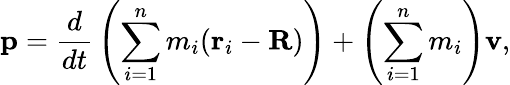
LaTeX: \mathbf{p}={\frac{d}{dt}}\left(\sum_{i=1}^{n}m_{i}(\mathbf{r}_{i}-\mathbf{R})\right)+\left(\sum_{i=1}^{n}m_{i}\right)\mathbf{v},